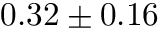
0 . 3 2 \pm 0 . 1 6